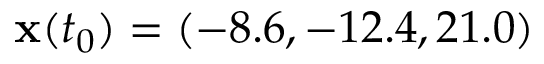
\mathbf { x } ( t _ { 0 } ) = ( - 8 . 6 , - 1 2 . 4 , 2 1 . 0 )